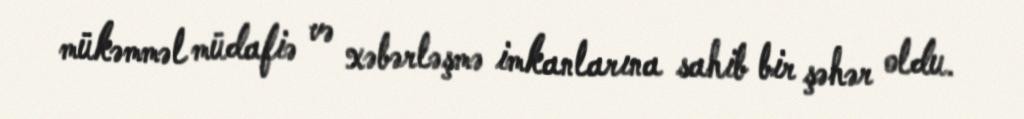
mükəmməl müdafiə və xəbərləşmə imkanlarına sahib bir şəhər oldu.